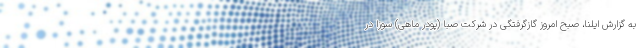
به گزارش ایلنا، صبح امروز گازگرفتگی در شرکت صبا (پودر ماهی) سوزا در